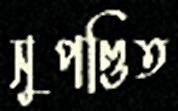
সুপণ্ডিত